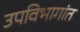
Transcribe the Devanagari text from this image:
उपविभागांत